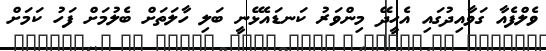
ވެލްފެއާ ގަވާއިދުގައި އެހީދޭ މިންވަރު ކަނޑައެޅޭނީ ބަލި ހާލަތަށް ބެލުމަށް ފަހު ކަމަށް